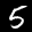
Label: 5